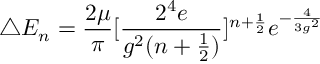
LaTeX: \triangle E _ { n } = \frac { 2 \mu } { \pi } [ \frac { 2 ^ { 4 } e } { g ^ { 2 } ( n + \frac { 1 } { 2 } ) } ] ^ { n + \frac { 1 } { 2 } } e ^ { - \frac { 4 } { 3 g ^ { 2 } } }